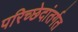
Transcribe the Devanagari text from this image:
परिच्छेदांतर्गत